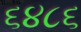
૬૪૮૬